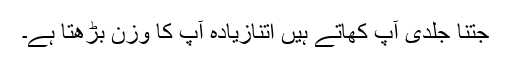
جتنا جلدی آپ کھاتے ہیں اتنازیادہ آپ کا وزن بڑھتا ہے۔